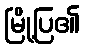
မြို့ပြ၏